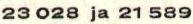
23 028 ja 21 589